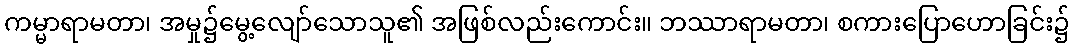
ကမ္မာရာမတာ၊ အမှု၌မွေ့လျော်သောသူ၏ အဖြစ်လည်းကောင်း။ ဘဿာရာမတာ၊ စကားပြောဟောခြင်း၌